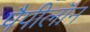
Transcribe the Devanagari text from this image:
पैपीलॉन